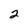
Character: 2